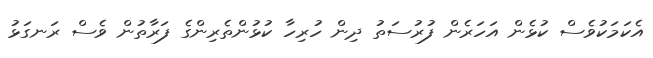
އެކަމަކުވެސް ކުޅެން އަހަރެން ފުރުސަތު ދިން ހުރިހާ ކުޅުންތެރިންގެ ފަރާތުން ވެސް ރަނގަޅު